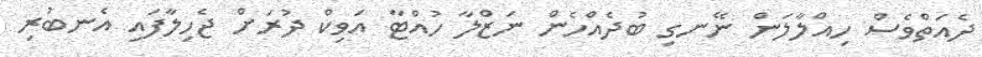
ދެއަތްވެސް ހިއްލާލަން ނޭނގި ބުދެއްހެން ނަޒްލާ ހުއްޓާ އަވިކް ދުރަށް ޖެހިލާފައި އެނބުރި